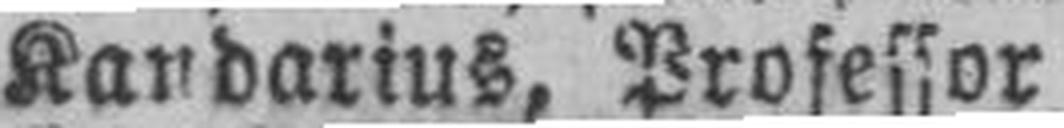
Kandarius, Professor